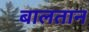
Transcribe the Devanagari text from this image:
बालतान